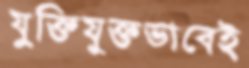
যুক্তিযুক্তভাবেই